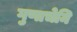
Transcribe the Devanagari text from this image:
गुणाचेनि